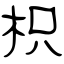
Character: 枳